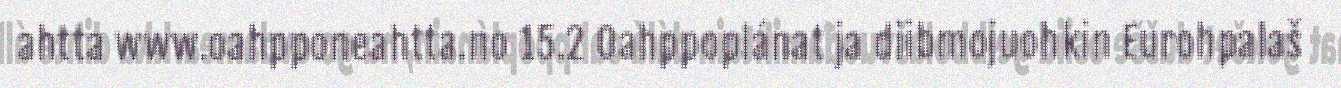
ahtta www.oahpponeahtta.no 15.2 Oahppoplánat ja diibmojuohkin Eurohpalaš